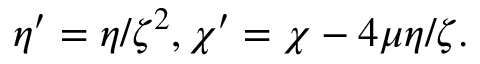
\eta ^ { \prime } = \eta / \zeta ^ { 2 } , \chi ^ { \prime } = \chi - 4 \mu \eta / \zeta .